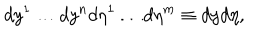
LaTeX: d y ^ { 1 } \dots d y ^ { n } d \eta ^ { 1 } \dots d \eta ^ { m } \equiv d y d \eta ,